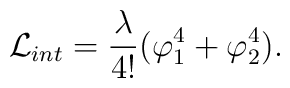
{\cal L}_{int}=\frac{\lambda}{4!}(\varphi_{1}^{4}+\varphi_{2}^{4}).